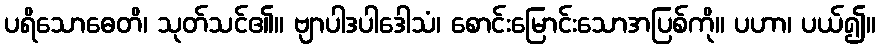
ပရိသောဓေတိ၊ သုတ်သင်၏။ ဗျာပါဒပါဒေါသံ၊ စောင်းမြောင်းသောအပြစ်ကို။ ပဟာ၊ ပယ်၍။